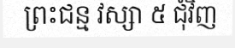
ព្រះជន្ម វស្សា ៥ ជុំវិញ